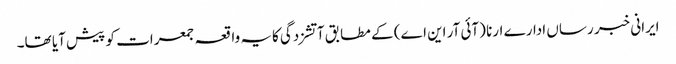
ایرانی خبر رساں ادارے ارنا (آئی آر این اے) کے مطابق آتشزدگی کایہ واقعہ جمعرات کو پیش آیا تھا۔